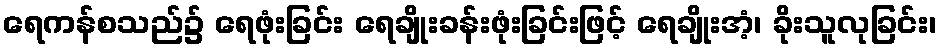
ရေကန်စသည်၌ ရေဖုံးခြင်း ရေချိုးခန်းဖုံးခြင်းဖြင့် ရေချိုးအံ့၊ ခိုးသူလုခြင်း၊